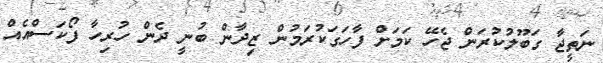
ނަތީޖާ ގަބޫލުކުރަން ޖެހޭ ކަމަށް ފާހަގަކުރަމުން ޒިދާން ބުނީ ދެން ހުރިހާ ފޯކަސްއެއް